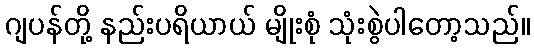
ဂျပန်တို့ နည်းပရိယာယ် မျိုးစုံ သုံးစွဲပါတော့သည်။